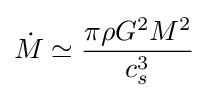
{\dot {M}}\simeq {\frac {\pi \rho G^{2}M^{2}}{c_{s}^{3}}}